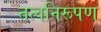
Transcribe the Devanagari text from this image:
तत्वनिरूपण